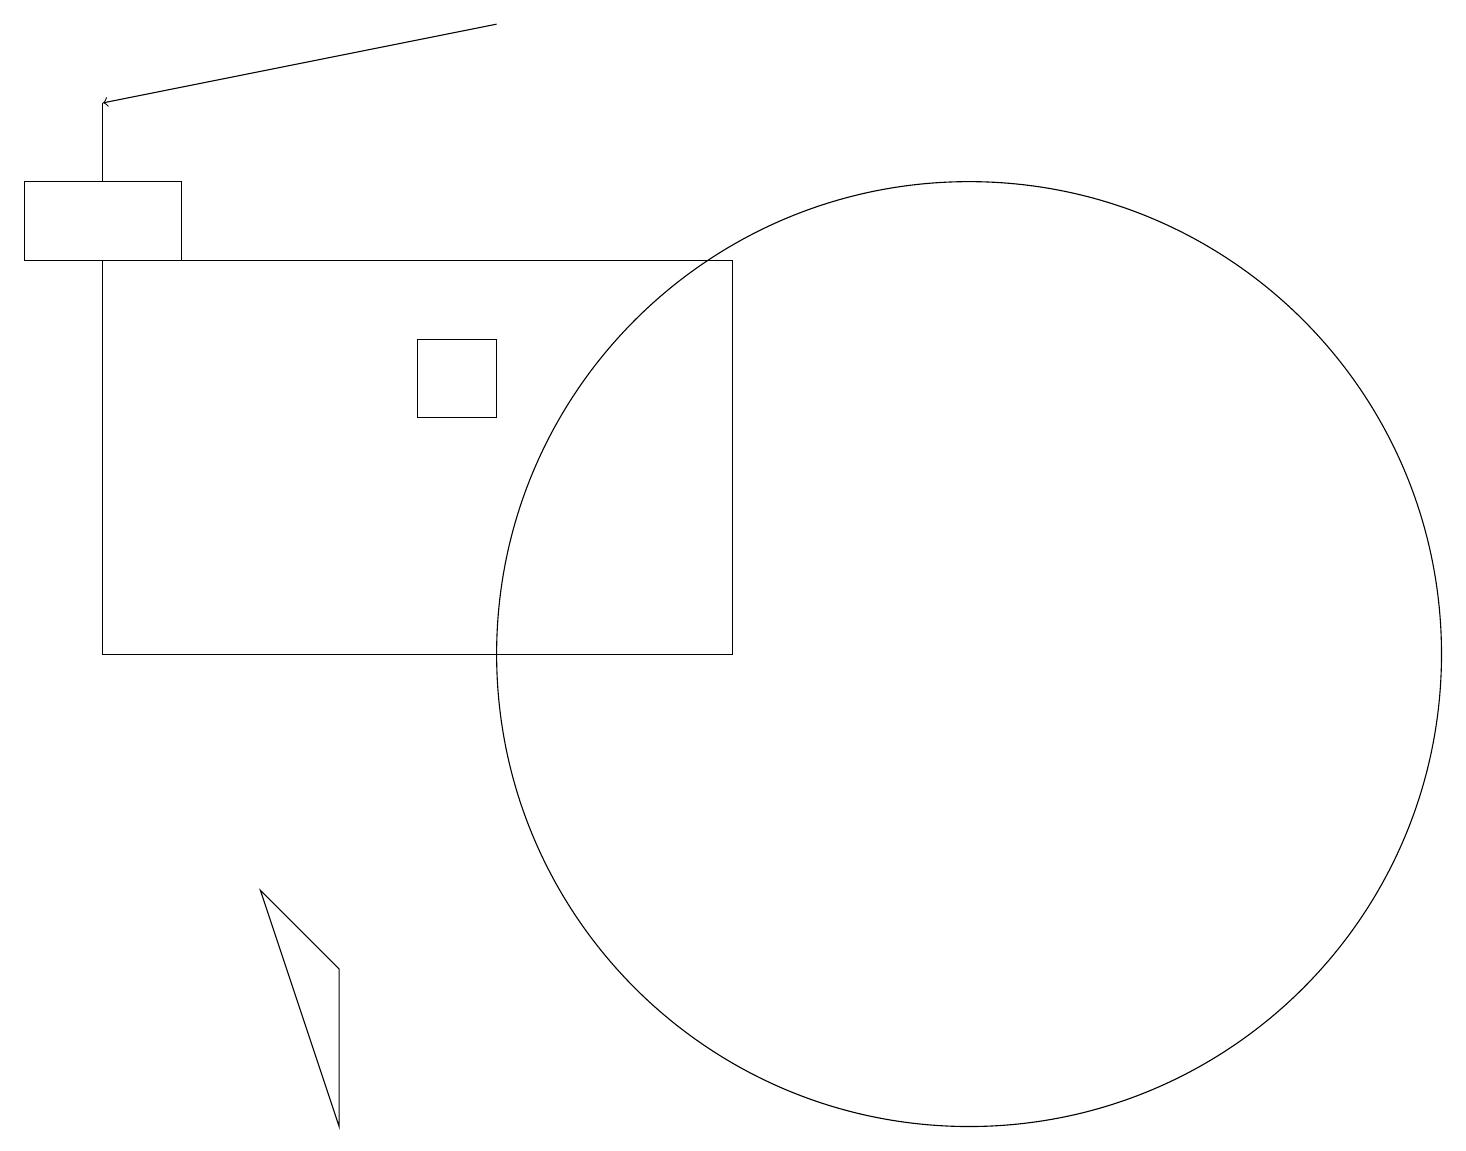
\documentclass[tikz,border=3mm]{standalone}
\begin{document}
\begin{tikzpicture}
\draw (5,14) rectangle (6,15);
\draw (2,16) rectangle (0,17);
\draw (1,11) rectangle (9,16);
\draw (1,17) rectangle (1,18);
\draw (4,5) -- (3,8) -- (4,7) -- cycle;
\draw (12,11) circle (6);
\draw[->] (6,19) -- (1,18);
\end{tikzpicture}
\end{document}